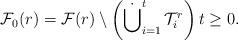
LaTeX: \begin{align*}\mathcal{F}_0(r)=\mathcal{F}(r)\setminus\left(\dot{\bigcup}_{i=1}^t\,\mathcal{T}^r_i\right) t\ge 0.\end{align*}